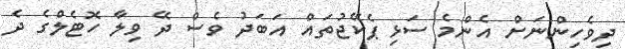
ދިވެހިންނަށް އެންމެ ސަޅި ޕެކޭޖުތައް އަބަދު ވެސް ދޭ ވިލާ ހޮޓެލްގެ ދެ